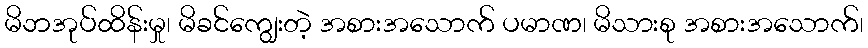
မိဘအုပ်ထိန်းမှု၊ မိခင်ကျွေးတဲ့ အစားအသောက် ပမာဏ၊ မိသားစု အစားအသောက်၊